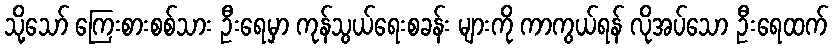
သို့သော် ကြေးစားစစ်သား ဦးရေမှာ ကုန်သွယ်ရေးစခန်း များကို ကာကွယ်ရန် လိုအပ်သော ဦးရေထက်